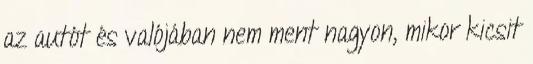
az autót és valójában nem ment nagyon, mikor kicsit